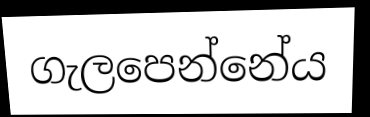
ගැලපෙන්නේය